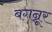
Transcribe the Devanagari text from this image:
बगन्नूर